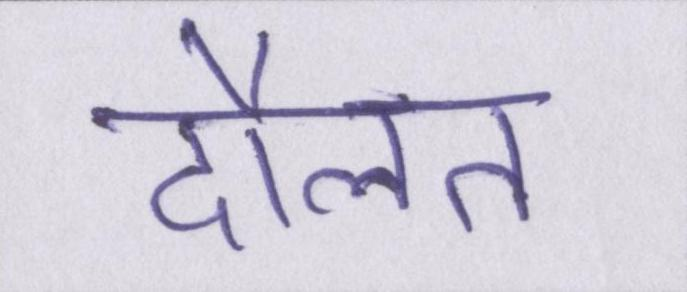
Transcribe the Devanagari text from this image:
दौलत